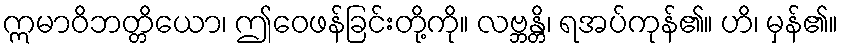
ဣမာဝိဘတ္တိယော၊ ဤဝေဖန်ခြင်းတို့ကို။ လဗ္ဘန္တိ၊ ရအပ်ကုန်၏။ ဟိ၊ မှန်၏။